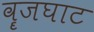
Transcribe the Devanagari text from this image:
वॄजघाट